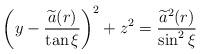
LaTeX: \begin{align*}\left( y-\frac{\widetilde{a}(r)}{\tan \xi }\right) ^{2}+z^{2} =\frac{\widetilde{a}^{2}(r)}{\sin ^{2}\xi }\end{align*}